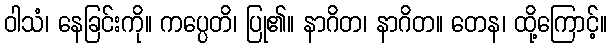
ဝါသံ၊ နေခြင်းကို။ ကပ္ပေတိ၊ ပြု၏။ နာဂိတ၊ နာဂိတ။ တေန၊ ထို့ကြောင့်။